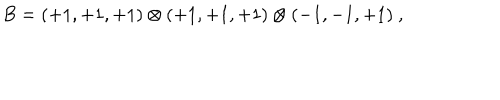
LaTeX: B = ( + 1 , + 1 , + 1 ) \otimes ( + 1 , + 1 , + 1 ) \otimes ( - 1 , - 1 , + 1 ) ~ , ~ \,